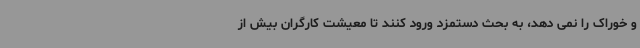
و خوراک را نمی دهد، به بحث دستمزد ورود کنند تا معیشت کارگران بیش از